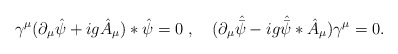
\begin{align*}\gamma ^\mu (\partial _\mu \hat \psi +ig\hat A_\mu )*\hat \psi=0~,~~~ (\partial _\mu \hat {\bar \psi } -ig \hat {\bar\psi }*\hat A_\mu )\gamma ^\mu =0. \end{align*}